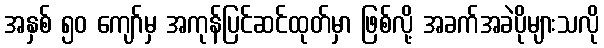
အနှစ် ၅၀ ကျော်မှ အကုန်ပြင်ဆင်ထုတ်မှာ ဖြစ်လို့ အခက်အခဲပိုများသလို